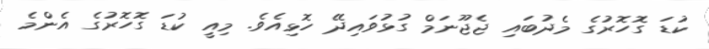
ކުޑަ ގޮހޮރުގެ މެދުބައި ޖެޖޫނަމް ގުޅުވައިދޭ ހޮޅިއެވެ. މިއީ ކުޑަ ގޮހޮރުގެ އެންމެ